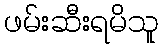
ဖမ်းဆီးရမိသူ